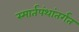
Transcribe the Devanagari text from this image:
स्मार्तपंथांतर्गत